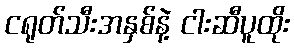
ငရုတ်သီးအနှစ်နဲ့ ငါးဆီပူထိုး